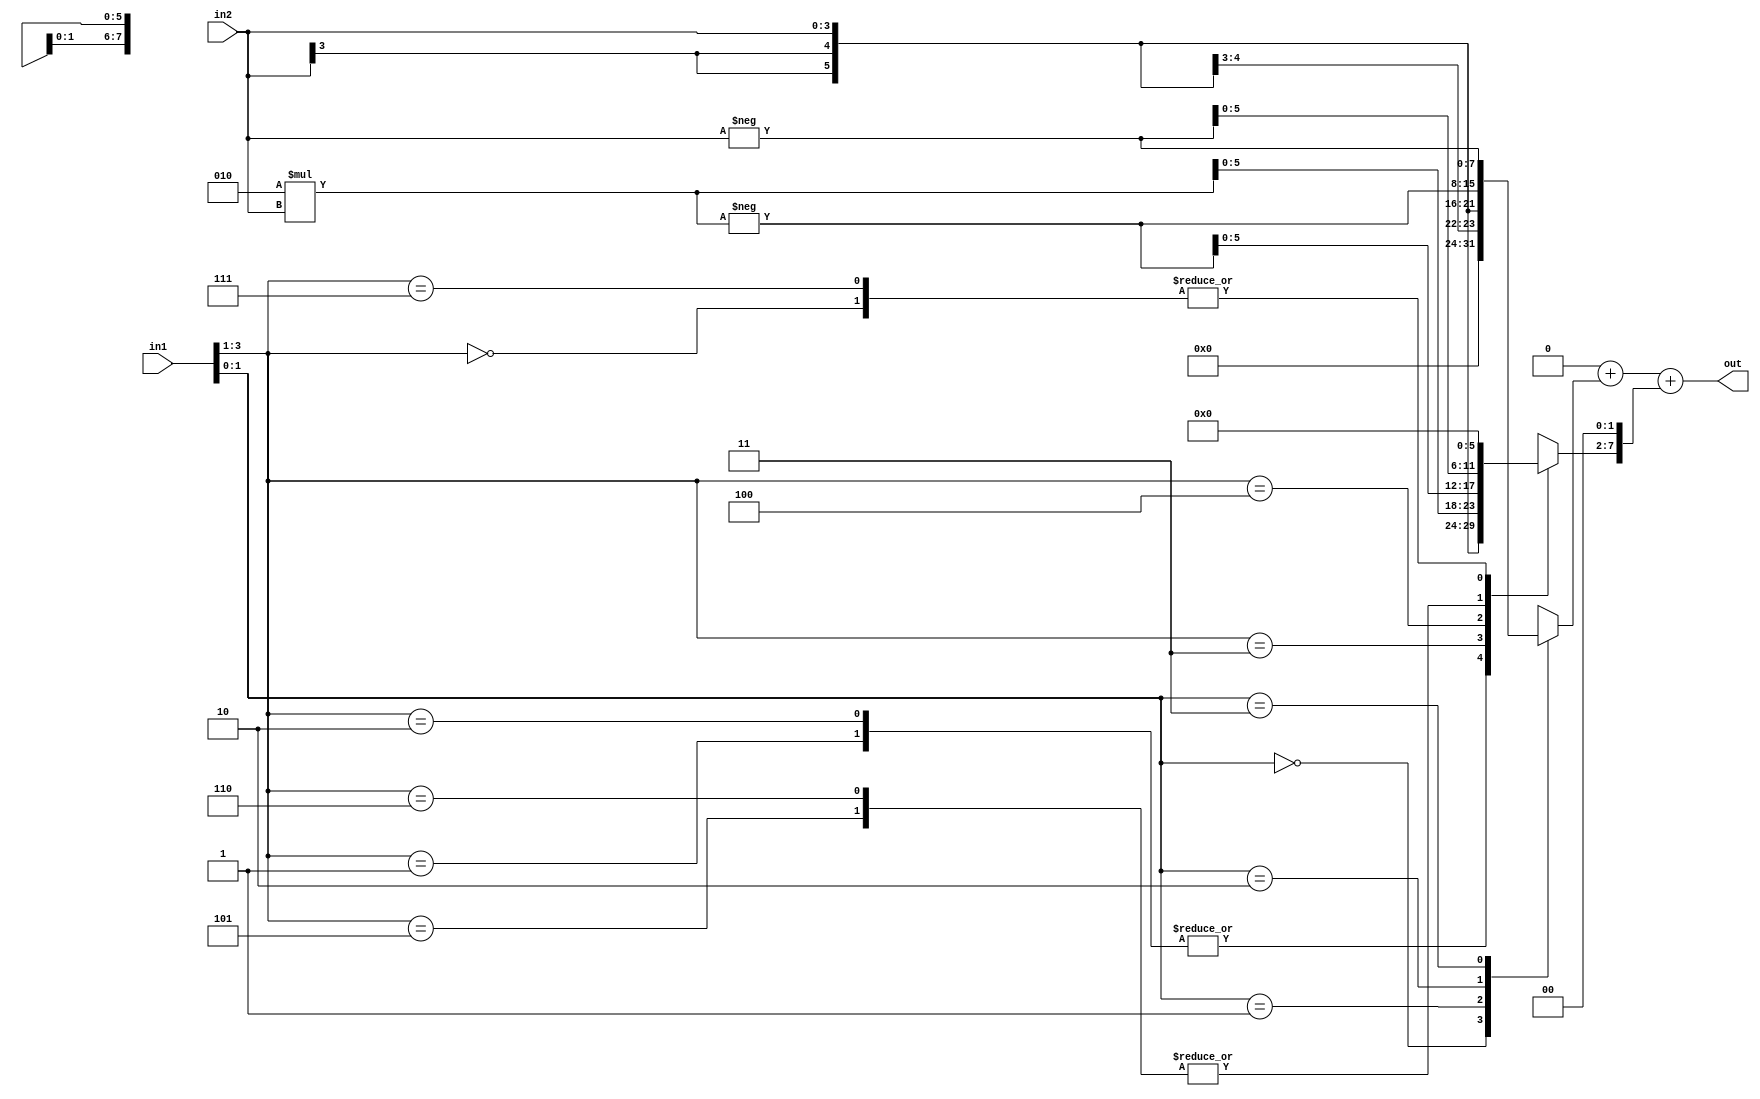
//
// Simulator:     ModelSim 6.6
// Compiler:      Design Compiler C-2009.06-SP5

module mult_bth_app_signed( out, in1, in2 );
  parameter wl = 4, vbl = 0;
  output reg signed [wl*2-1:0] out;
  input signed [wl-1:0] in1, in2;
  //                    x, y
  
  function signed [wl*2-1:0] pp_generator;
    input [2:0] part_x;
    input signed [wl-1:0] y;  
    begin
      case( part_x )
        'b000: pp_generator = 0;
        'b001: pp_generator = y;
        'b010: pp_generator = y;
        'b011: pp_generator = 2*y;
        'b100: pp_generator = -(2*y);
        'b101: pp_generator = -y;
        'b110: pp_generator = -y;
        'b111: pp_generator = 0;
      endcase
    end
  endfunction
  
  reg [wl*2-1:0] pp [0:wl/2-1];
  reg [2:0] part_x;
  integer i, j;
  
  always @*
  begin
    pp[0] = pp_generator( {in1[1], in1[0], 1'b0}, in2 ); 
    for( i = 1; i <= wl/2-1; i = i + 1 )
    begin
      part_x[0] = in1[i*2-1]; part_x[1] = in1[i*2]; part_x[2] = in1[i*2+1];
      pp[i] = pp_generator( part_x, in2 ) << 2*i;
    end
    
    for( i = 0; i <= wl/2-1; i = i + 1 )
      for( j = 0; j <= vbl - 1; j = j + 1 )
        pp[i][j] = 1'b0;
  end
  
  always @*
  begin
    out = 0;
    for( i = 0; i <= wl/2-1; i = i + 1 )
      out = out + pp[i];
  end
endmodule